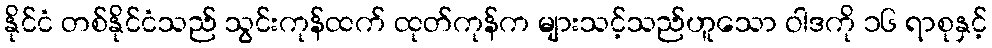
နိုင်ငံ တစ်နိုင်ငံသည် သွင်းကုန်ထက် ထုတ်ကုန်က များသင့်သည်ဟူသော ဝါဒကို ၁၆ ရာစုနှင့်